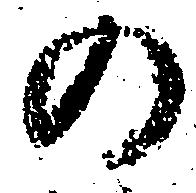
の